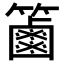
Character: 𥷠